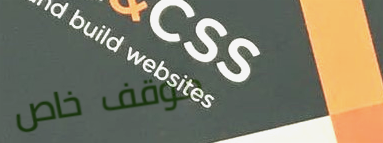
موقف خاص